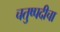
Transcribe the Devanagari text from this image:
चतुष्पदीचा